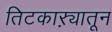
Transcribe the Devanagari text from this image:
तिटकाऱ्यातून